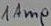
Text: 1Amp